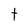
Character: t